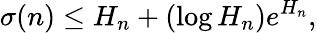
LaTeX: \sigma(n)\leq H_{n}+(\log H_{n})e^{H_{n}},